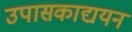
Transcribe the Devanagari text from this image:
उपासकाद्ययन